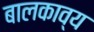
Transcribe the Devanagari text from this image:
बालकाव्य